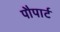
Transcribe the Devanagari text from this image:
पौपार्ट